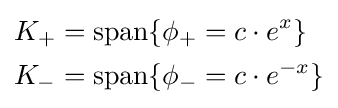
{\begin{aligned}K_{+}&=\operatorname {span} \{\phi _{+}=c\cdot e^{x}\}\\K_{-}&=\operatorname {span} \{\phi _{-}=c\cdot e^{-x}\}\end{aligned}}